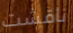
ناقشت